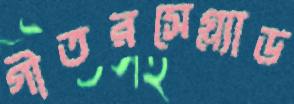
গীতরসেগ্ল্যাড